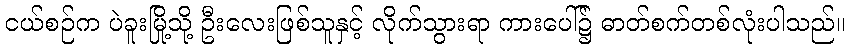
ငယ်စဉ်က ပဲခူးမြို့သို့ ဦးလေးဖြစ်သူနှင့် လိုက်သွားရာ ကားပေါ်၌ ဓာတ်စက်တစ်လုံးပါသည်။